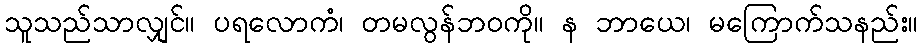
သူသည်သာလျှင်။ ပရလောကံ၊ တမလွန်ဘဝကို။ န ဘာယေ၊ မကြောက်သနည်း။